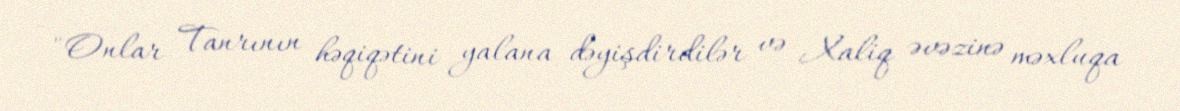
- "Onlar Tanrının həqiqətini yalana dəyişdirdilər və Xaliq əvəzinə məxluqa